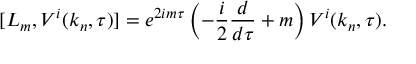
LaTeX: [ L _ { m } , V ^ { i } ( k _ { n } , \tau ) ] = e ^ { 2 i m \tau } \left( - \frac { i } { 2 } \frac { d } { d \tau } + m \right) V ^ { i } ( k _ { n } , \tau ) .